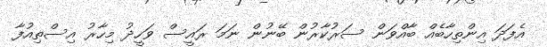
އެފަދަ އިންތިހާބެއް ބާއްވަން ސަރުކާރުން ބޭނުން ނަމަ ރައީސް ވަހީދު މިހާރު އިސްތިއުފާ